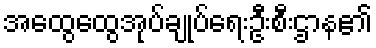
အထွေထွေအုပ်ချုပ်ရေးဦးစီးဌာန၏